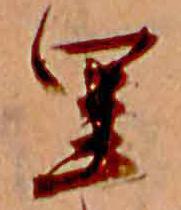
里